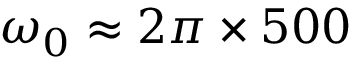
\omega _ { 0 } \approx 2 \pi \times 5 0 0